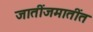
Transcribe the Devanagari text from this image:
जातींजमातींत